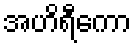
အဟိရီကော